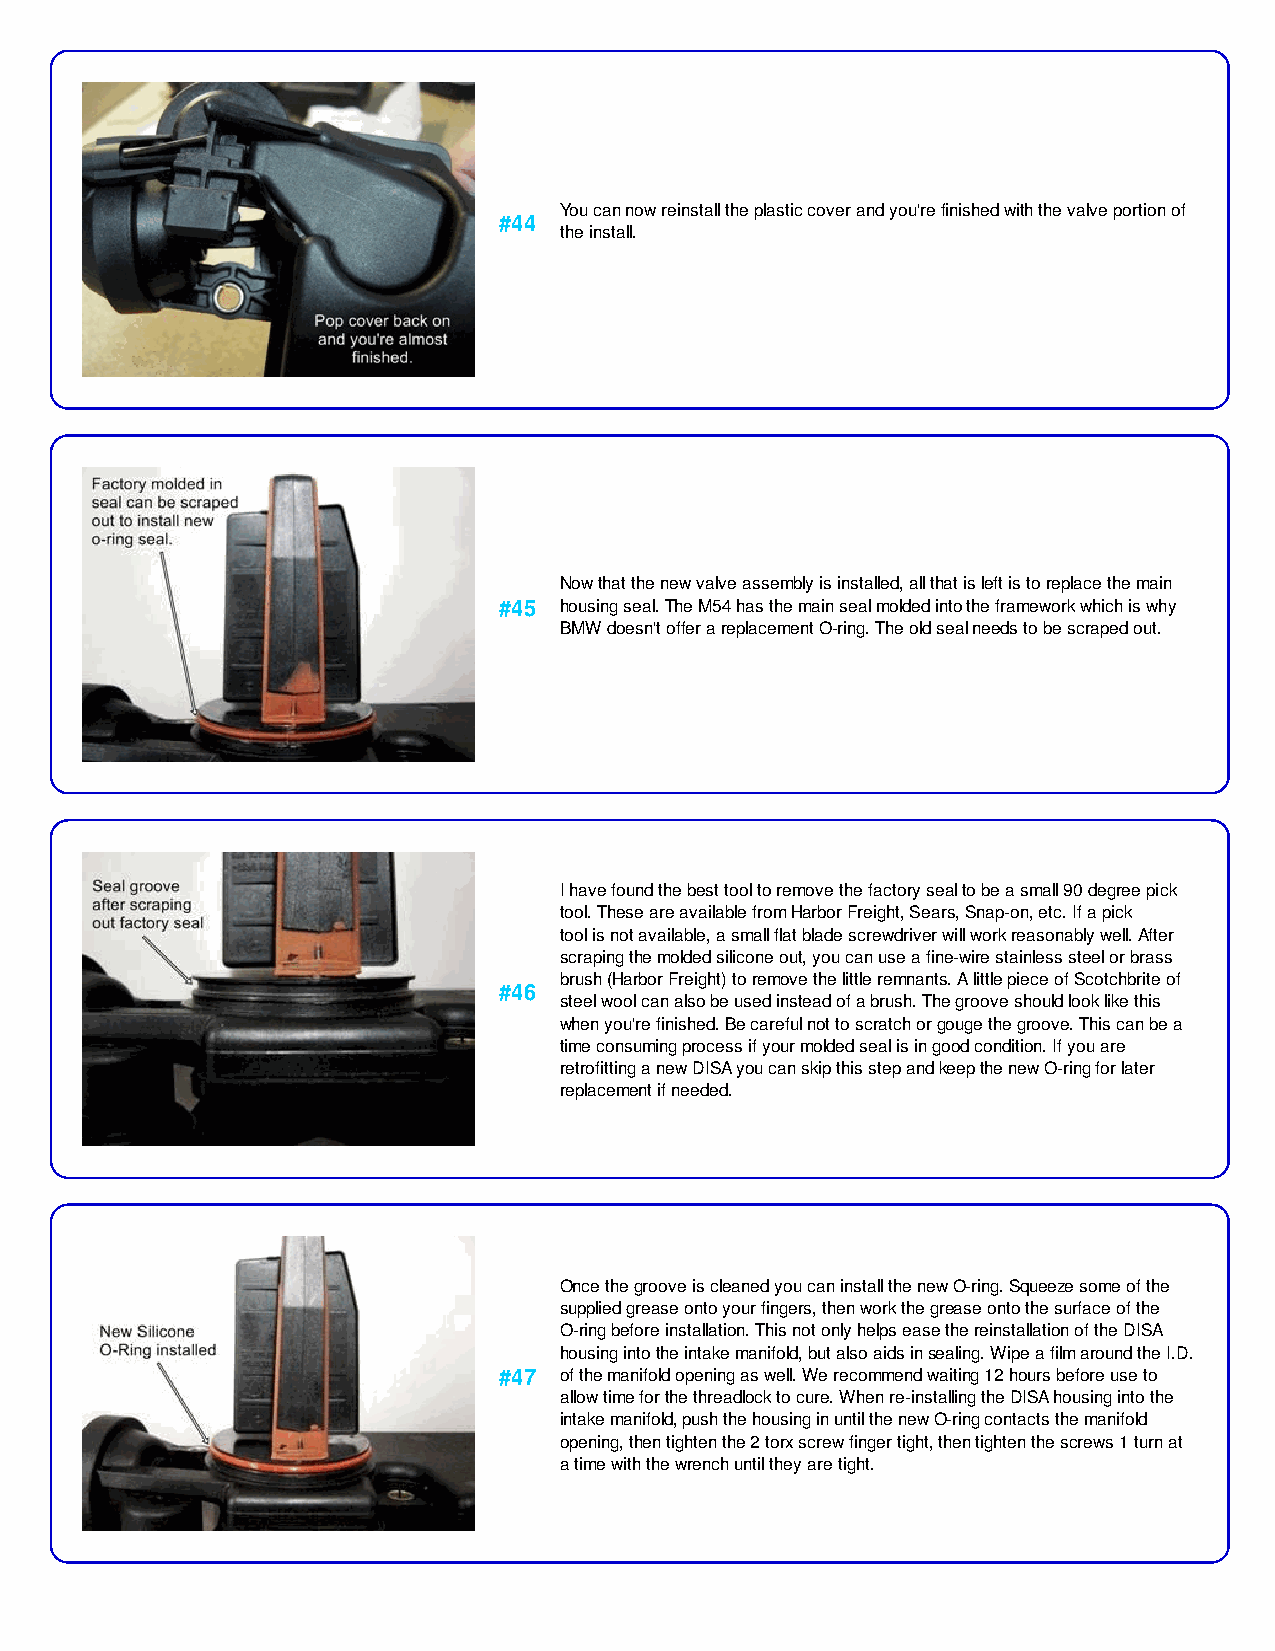
You can now reinstall the plastic cover and you're finished with the valve portion of
 #44
 the install.
 Now that the new valve assembly is installed, all that is left is to replace the main
 #45 housing seal. The M54 has the main seal molded into the framework which is why
 BMW doesn't offer a replacement O-ring. The old seal needs to be scraped out.
 I have found the best tool to remove the factory seal to be a small 90 degree pick
 tool. These are available from Harbor Freight, Sears, Snap-on, etc. If a pick
 tool is not available, a small flat blade screwdriver will work reasonably well. After
 scraping the molded silicone out, you can use a fine-wire stainless steel or brass
 brush (Harbor Freight) to remove the little remnants. A little piece of Scotchbrite of
 #46
 steel wool can also be used instead of a brush. The groove should look like this
 when you're finished. Be careful not to scratch or gouge the groove. This can be a
 time consuming process if your molded seal is in good condition. If you are
 retrofitting a new DISA you can skip this step and keep the new O-ring for later
 replacement if needed.
 Once the groove is cleaned you can install the new O-ring. Squeeze some of the
 supplied grease onto your fingers, then work the grease onto the surface of the
 O-ring before installation. This not only helps ease the reinstallation of the DISA
 housing into the intake manifold, but also aids in sealing. Wipe a film around the I.D.
 #47 of the manifold opening as well. We recommend waiting 12 hours before use to
 allow time for the threadlock to cure. When re-installing the DISA housing into the
 intake manifold, push the housing in until the new O-ring contacts the manifold
 opening, then tighten the 2 torx screw finger tight, then tighten the screws 1 turn at
 a time with the wrench until they are tight.